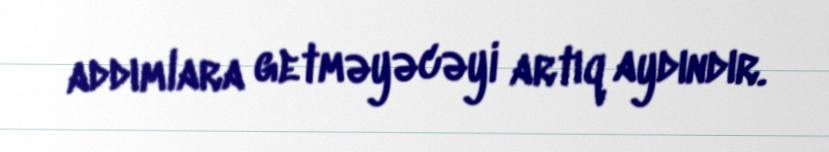
addımlara getməyəcəyi artıq aydındır.